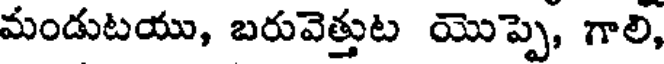
మండుటయు, బరువెత్తుట యొప్పె, గాలి,